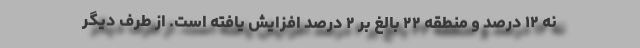
نه ۱۲ درصد و منطقه ۲۲ بالغ بر ۲ درصد افزایش یافته است. از طرف دیگر